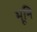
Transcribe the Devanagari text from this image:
भूनि